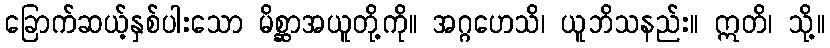
ခြောက်ဆယ့်နှစ်ပါးသော မိစ္ဆာအယူတို့ကို။ အဂ္ဂဟေသိ၊ ယူဘိသနည်း။ ဣတိ၊ သို့။